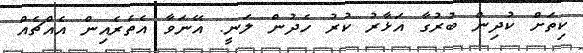
ކިތަށް ކުދިން ބުރުގާ އަޅާރު ކުރު ހެދުން ލަނީ. އޭނަވާ އެތެރެއިން އެއްޗެއް